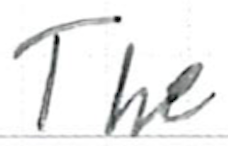
Text: The
Cross-out: clean
Writing tool: ballpoint